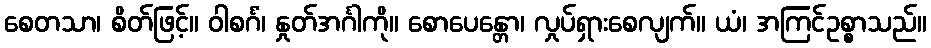
စေတသာ၊ စိတ်ဖြင့်။ ဝါစင်္ဂံ၊ နှုတ်အင်္ဂါကို။ စောပေန္တော၊ လှုပ်ရှားစေလျက်။ ယံ၊ အကြင်ဥစ္စာသည်။